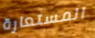
المستعارة